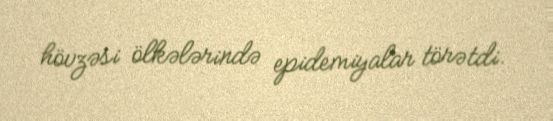
hövzəsi ölkələrində epidemiyalar törətdi.